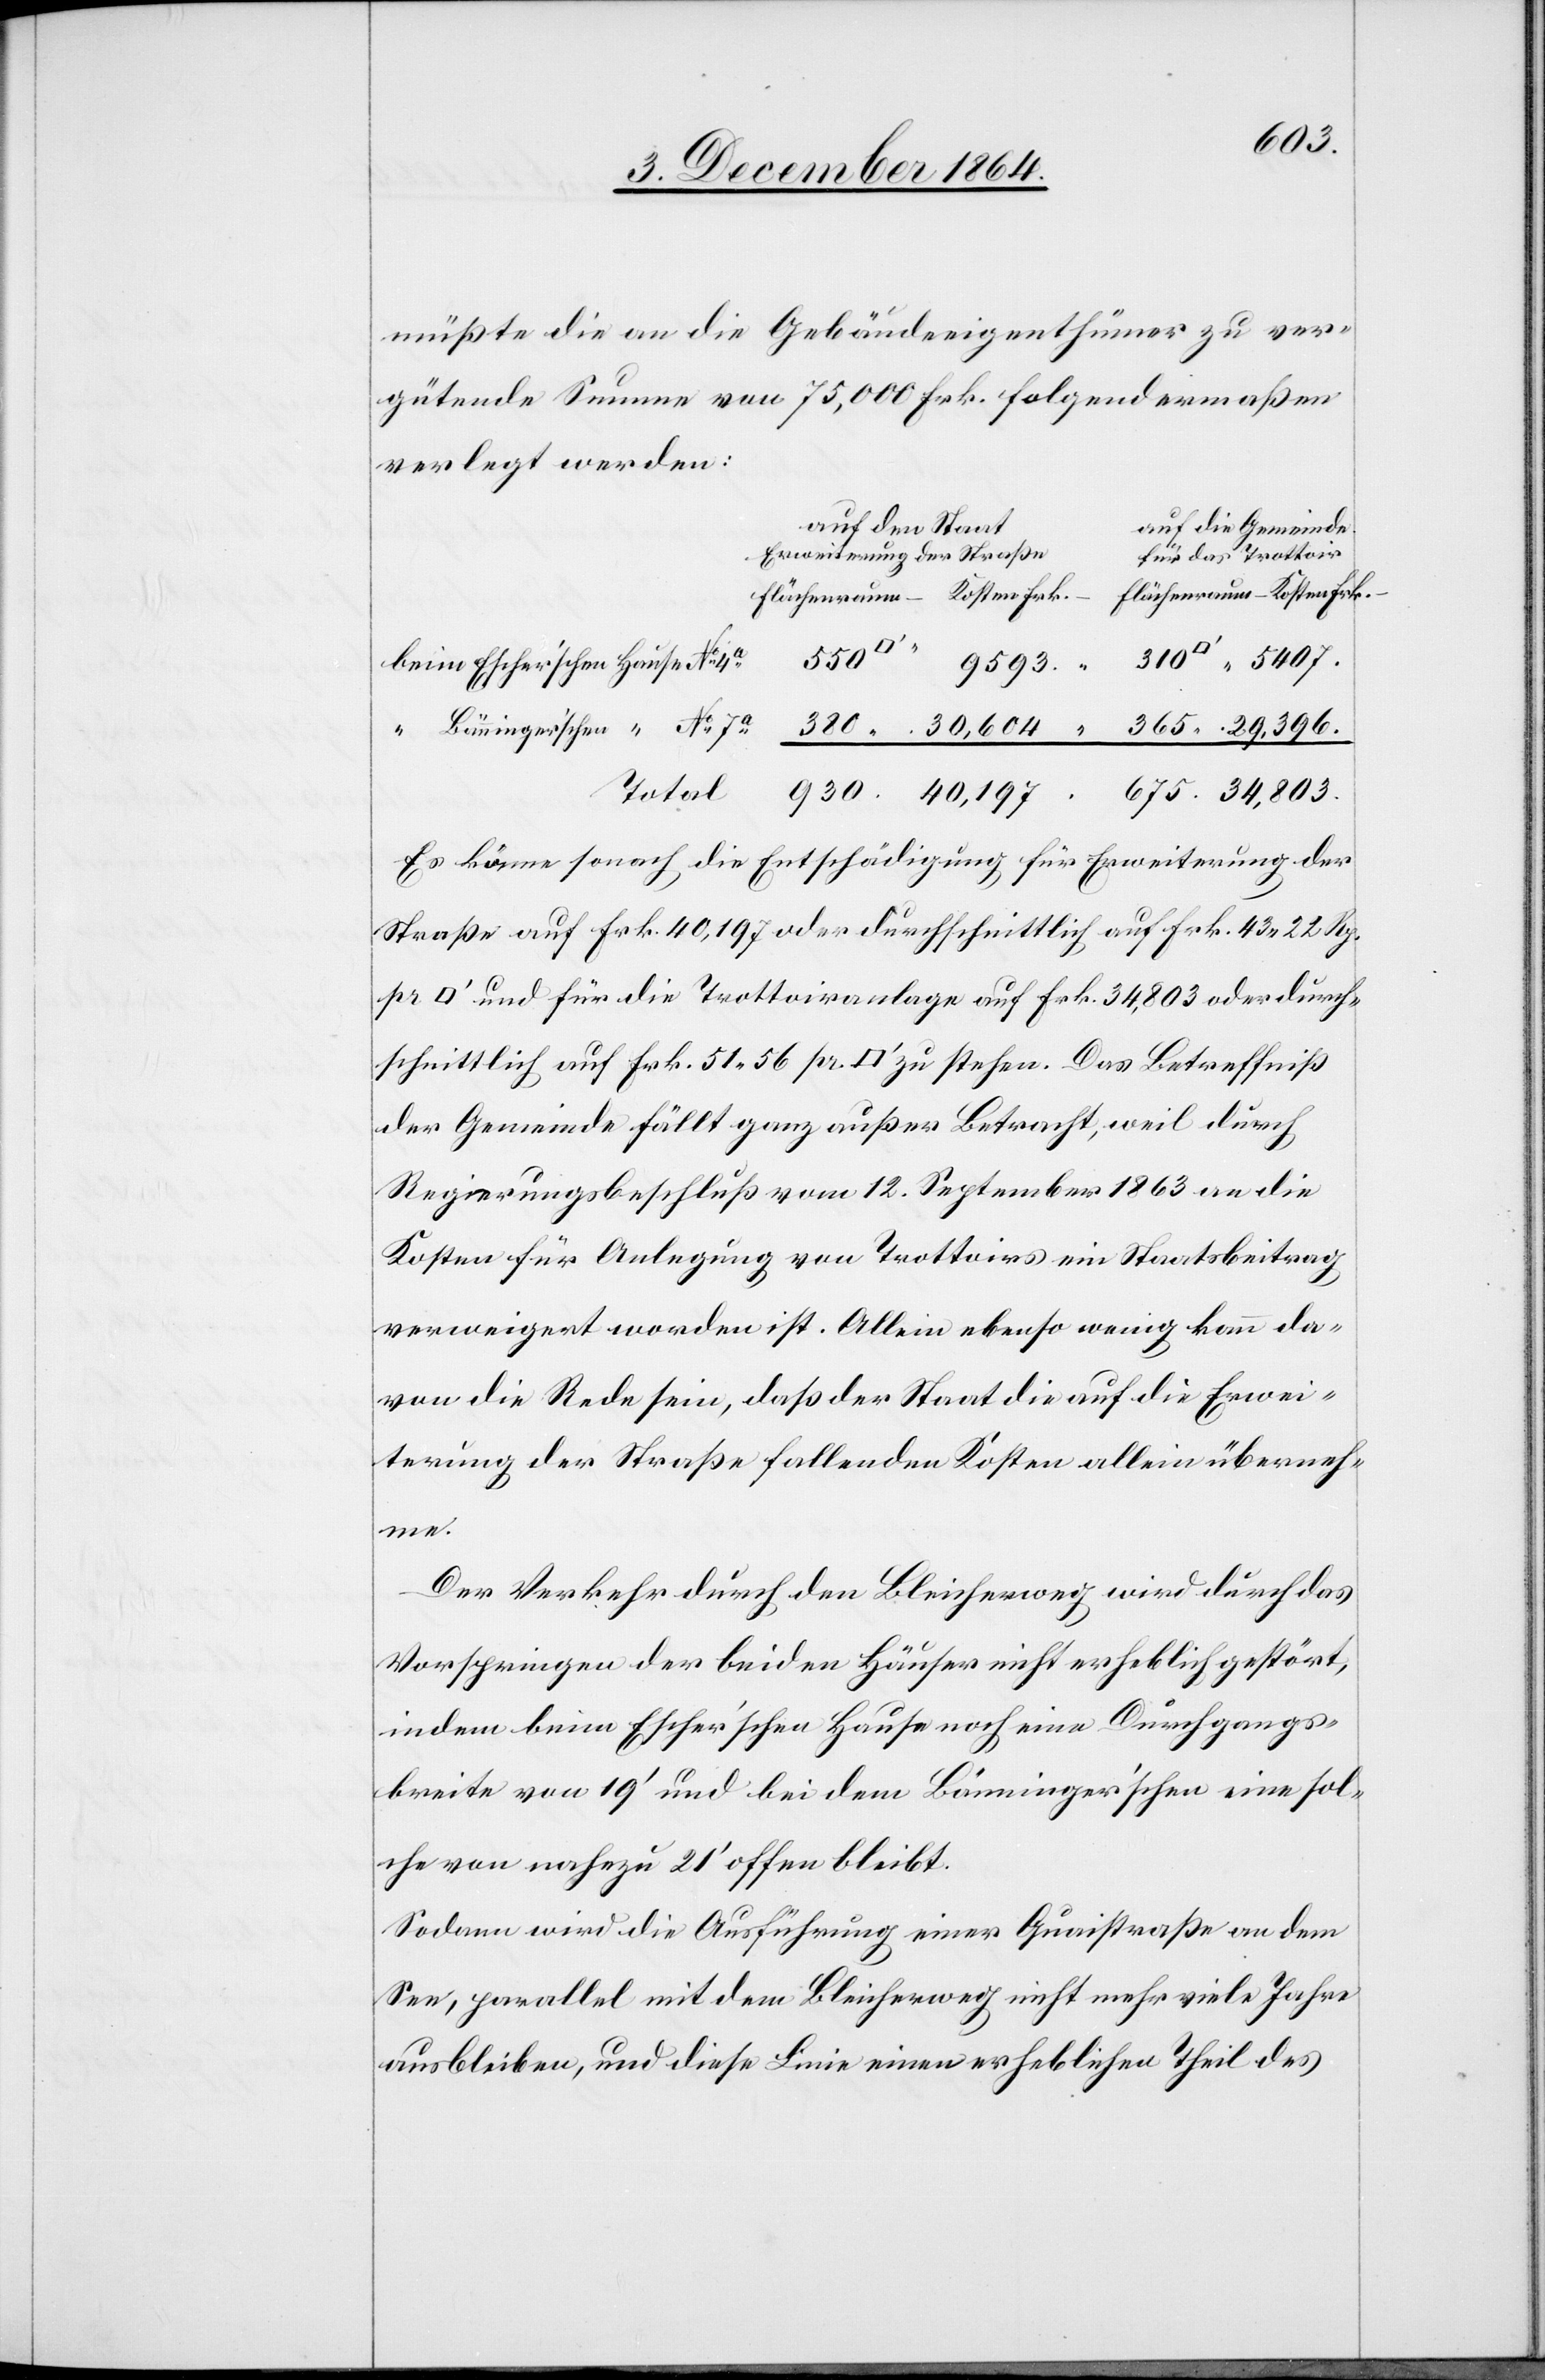
407.
müßte die an die Gebäudeeigenthümer zu ver¬
gütende Summe von 75,000 Frk. folgendermaßen
verlegt werden:
auf den Staat
auf die Gemeinde
Erweiterung der Straße
für das Trottoir
Total
40,197
Es käme sonach die Entschädigung für Erweiterung der
Straße auf Frk. 40,197 oder durchschnittlich auf Frk. 43.22 Rp.
fuss] und für die Trottoiranlage auf Frk. 34,803 oder durch¬
schnittlich auf Frk. 51.56 pr. [Quadratfuss] zu stehen. Das Betreffniß
der Gemeinde fällt ganz außer Betracht, weil durch
Regierungsbeschluß vom 12. September 1863 an die
Kosten für Anlegung von Trottoirs ein Staatsbeitrag
verweigert worden ist. Allein ebenso wenig kann da¬
von die Rede sein, daß der Staat die auf die Erwei¬
terung der Straße fallenden Kosten allein überneh¬
me.
Der Verkehr durch den Bleicherweg wird durch das
Vorspringen der beiden Häuser nicht erheblich gestört,
indem beim Escher’schen Hause noch eine Durchgangs¬
breite von 19’ und bei dem Bänninger’schen eine sol¬
che von nahezu 21’ offen bleibt.
Sodann wird die Ausführung einer Quaistraße an dem
See, parallel mit dem Bleicherweg nicht mehr viele Jahre
ausbleiben, und diese Linie einen erheblichen Theil des